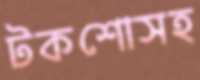
টকশোসহ